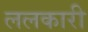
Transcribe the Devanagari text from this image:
ललकारी